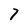
Character: 7